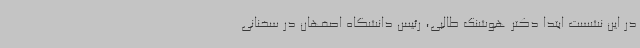
در این نشست ابتدا دکتر هوشنگ طالبی، رئیس دانشگاه اصفهان در سخنانی